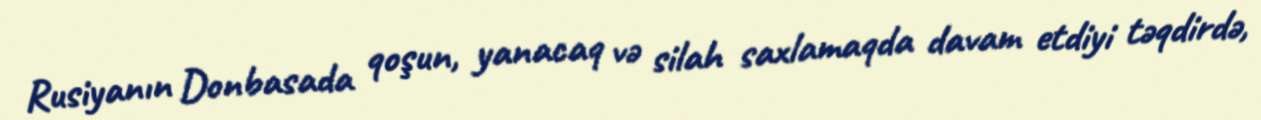
Rusiyanın Donbasada qoşun, yanacaq və silah saxlamaqda davam etdiyi təqdirdə,